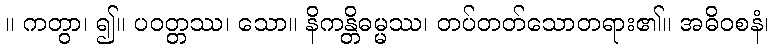
။ ကတွာ၊ ၍။ ပဝတ္တဿ၊ သော။ နိကန္တိဓမ္မဿ၊ တပ်တတ်သောတရား၏။ အဓိဝစနံ၊